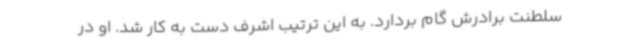
سلطنت برادرش گام بردارد. به‌ این‌ ترتیب اشرف دست به کار شد. او در